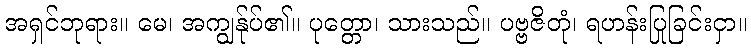
အရှင်ဘုရား။ မေ၊ အကျွန်ုပ်၏။ ပုတ္တော၊ သားသည်။ ပဗ္ဗဇိတုံ၊ ရဟန်းပြုခြင်းငှာ။